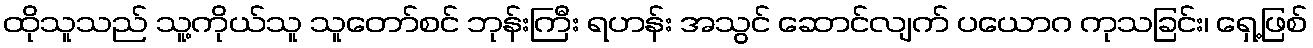
ထိုသူသည် သူ့ကိုယ်သူ သူတော်စင် ဘုန်းကြီး ရဟန်း အသွင် ဆောင်လျက် ပယောဂ ကုသခြင်း၊ ရှေ့ဖြစ်